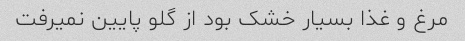
مرغ و غذا بسیار خشک بود از گلو پایین نمیرفت